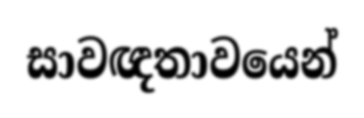
සාවඥතාවයෙන්